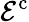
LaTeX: \mathcal E^{\mathrm{c}}